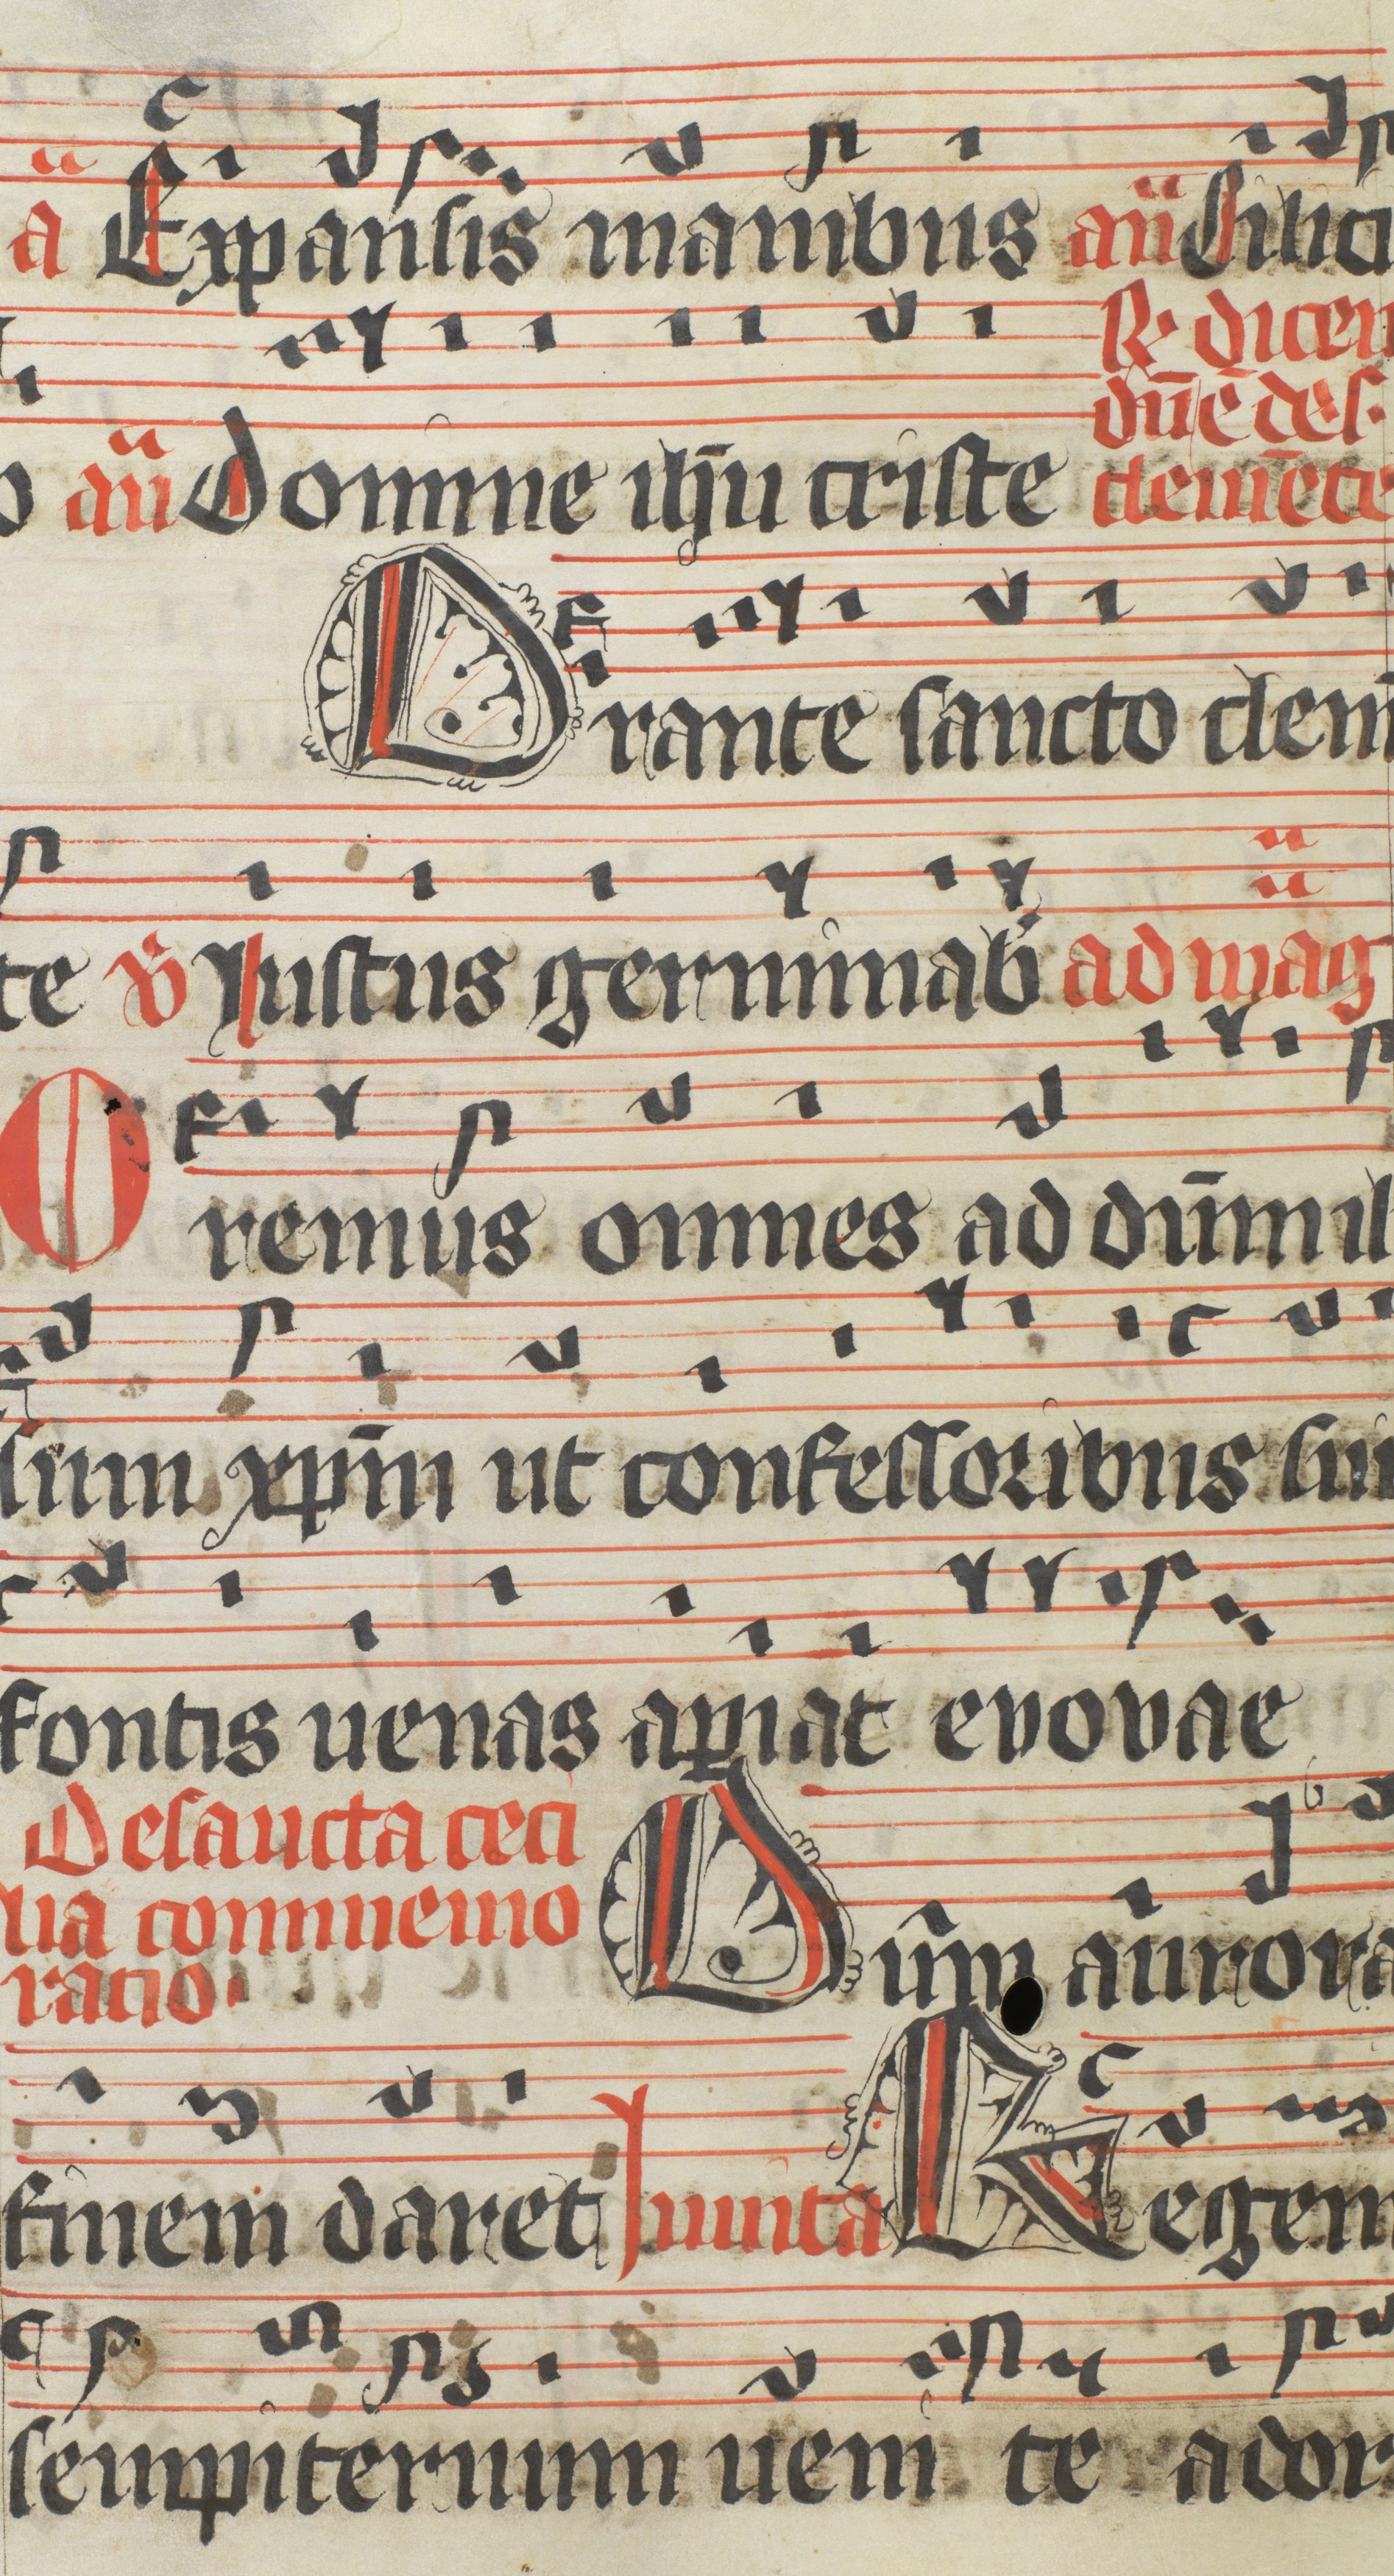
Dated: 1400–1499